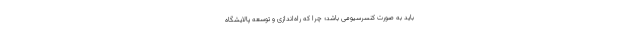
باید به صورت کنسرسیومی باشد؛ چرا که راه‌اندازی و توسعه پالایشگاه